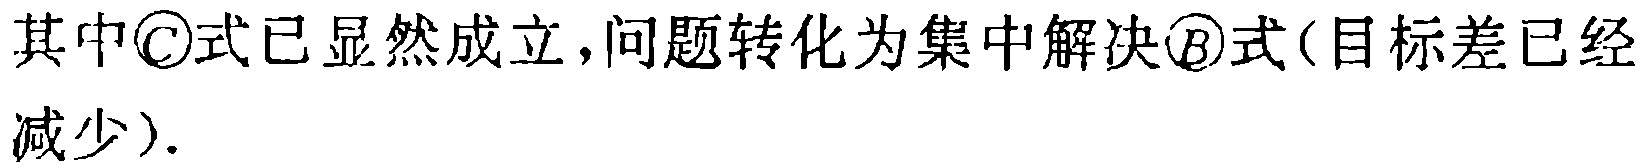
其中\textcircled{C}式已显然成立,问题转化为集中解决\textcircled{B}式(目标差已经减少).